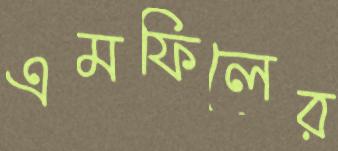
এমফিলের